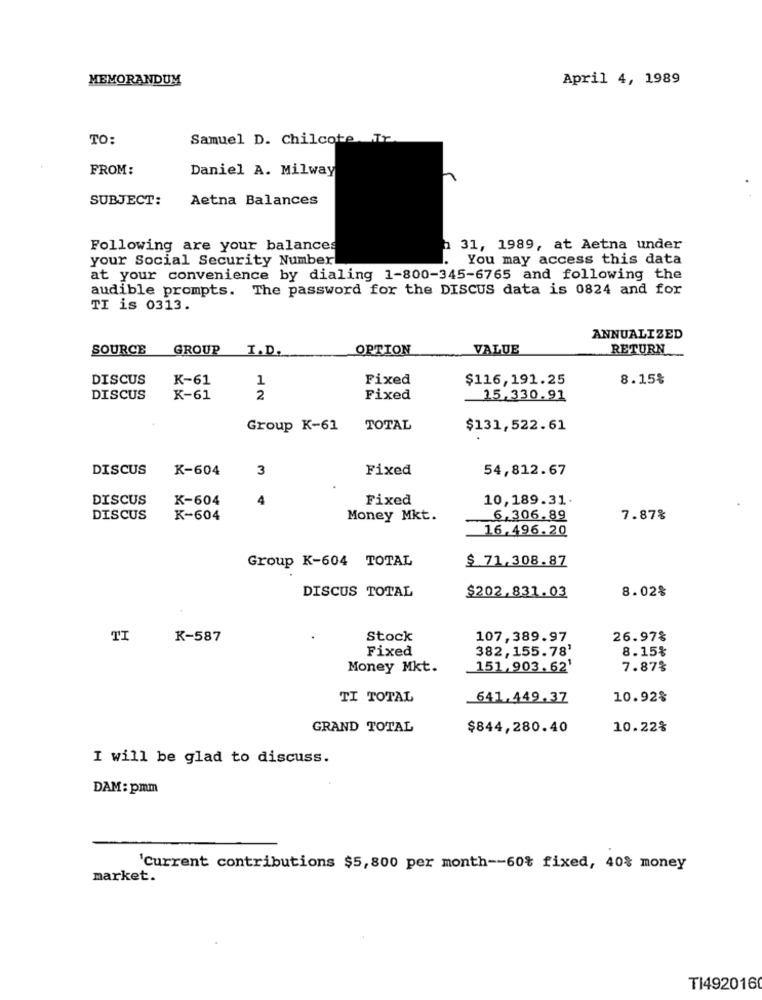
MEMORANDUM
April 4, 1989
TO:
Samuel D. Chilcote. Tr.
FROM:
Daniel A. Milway
SUBJECT:
Aetna Balances
Following are your balances
h 31, 1989, at Aetna under
your Social Security Number
. You may access this data
at your convenience by dialing 1-800-345-6765 and following the
audible prompts. The password for the DISCUS data is 0824 and for
TI is 0313.
ANNUALIZED
SOURCE
GROUP I.D.
OPTION
VALUE
RETURN
DISCUS
K-61
1
Fixed
$116,191.25
8.15%
DISCUS
K-61
2
Fixed
15,330.91
Group K-61
TOTAL
$131,522.61
DISCUS
K-604
3
Fixed
54,812.67
DISCUS
K-604
4
Fixed
10,189.31.
DISCUS
K-604
Money Mkt.
6,306.89
7.87%
16.496.20
$ 71,308.87
Group K-604 TOTAL
DISCUS TOTAL
8.02%
$202.831.03
TI
K-587
Stock
107,389.97
26.97%
Fixed
382,155.78'
8.15%
Money Mkt.
151,903.62'
7.87%
TI TOTAL
_641,449,37
10.92%
GRAND TOTAL
$844,280.40
10.22%
I will be glad to discuss.
DAM: pmm
'Current contributions $5,800 per month -- 60% fixed, 40% money
market.
TI492016